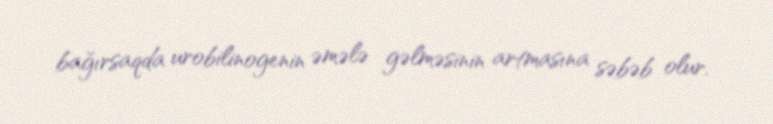
bağırsaqda urobilinogenin əmələ gəlməsinin artmasına səbəb olur.